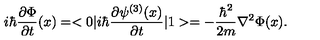
i \hbar { \frac { \partial \Phi } { \partial t } } ( x ) = < 0 | i \hbar { \frac { \partial \psi ^ { ( 3 ) } ( x ) } { \partial t } } | 1 > = - { \frac { \hbar ^ { 2 } } { 2 m } } \nabla ^ { 2 } \Phi ( x ) .